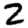
Digit: 2